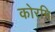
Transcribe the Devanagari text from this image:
कोरमि